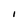
Character: I